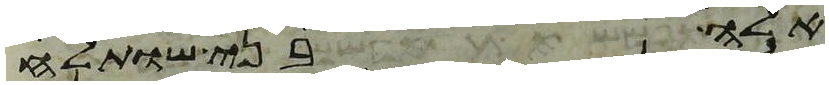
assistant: אלה בני שותלח